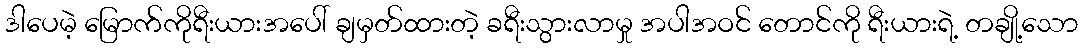
ဒါပေမဲ့ မြောက်ကိုရီးယားအပေါ် ချမှတ်ထားတဲ့ ခရီးသွားလာမှု အပါအဝင် တောင်ကို ရီးယားရဲ့ တချို့သော